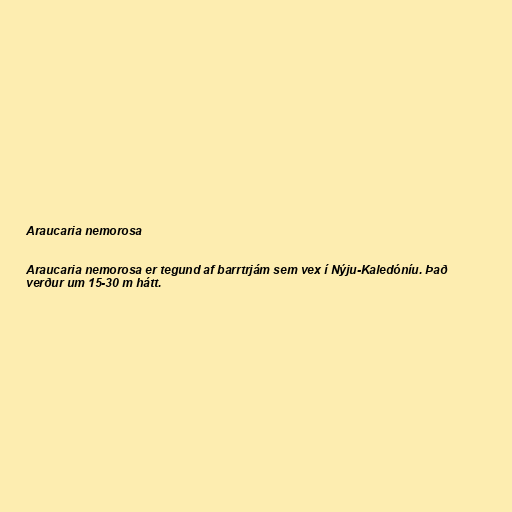
Araucaria nemorosa

Araucaria nemorosa er tegund af barrtrjám sem vex í Nýju-Kaledóníu. Það
verður um 15-30 m hátt.